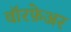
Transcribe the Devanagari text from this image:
वॉरफ़ेअर